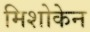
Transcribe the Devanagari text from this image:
मिशोकेन